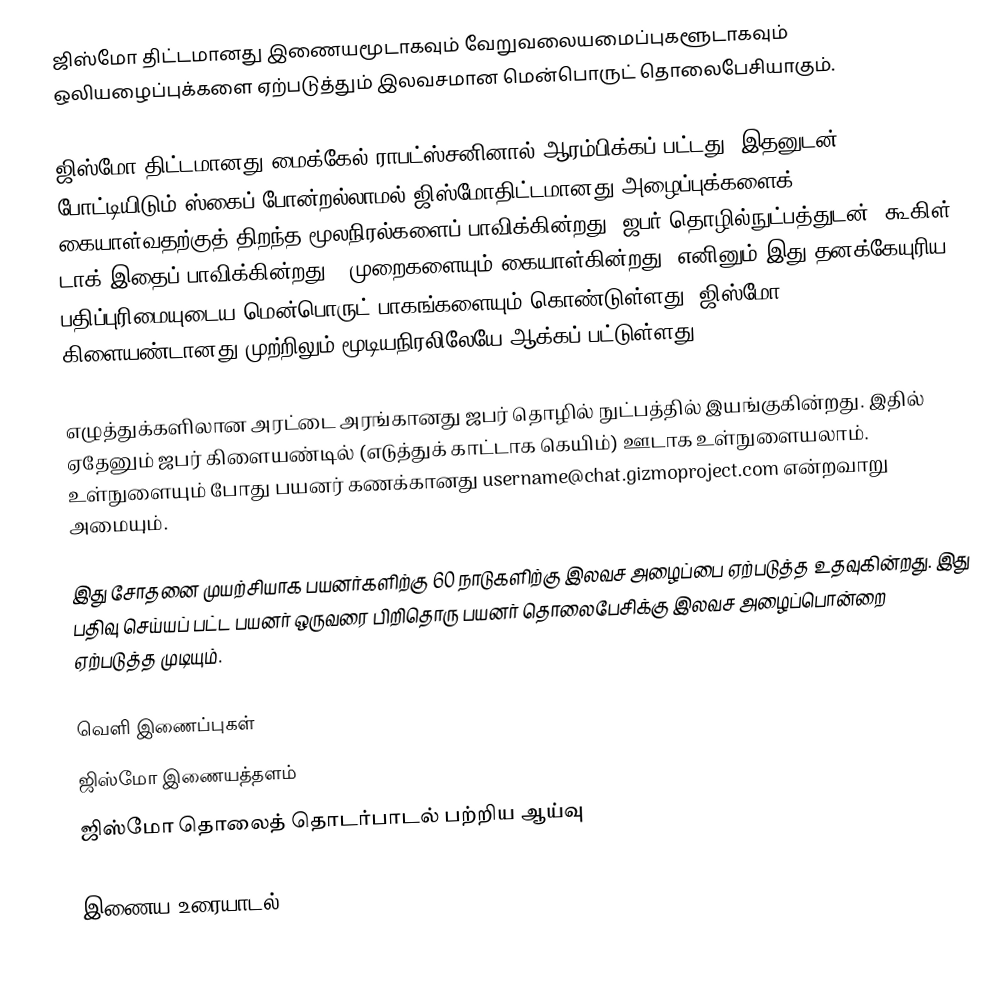
ஜிஸ்மோ திட்டமானது இணையமூடாகவும் வேறுவலையமைப்புகளூடாகவும் ஒலியழைப்புக்களை ஏற்படுத்தும் இலவசமான மென்பொருட் தொலைபேசியாகும்.

ஜிஸ்மோ திட்டமானது மைக்கேல் ராபட்ஸ்சனினால் ஆரம்பிக்கப் பட்டது. இதனுடன் போட்டியிடும் ஸ்கைப் போன்றல்லாமல் ஜிஸ்மோதிட்டமானது அழைப்புக்களைக் கையாள்வதற்குத் திறந்த மூலநிரல்களைப் பாவிக்கின்றது. ஜபர் தொழில்நுட்பத்துடன் (கூகிள் டாக் இதைப் பாவிக்கின்றது). முறைகளையும் கையாள்கின்றது. எனினும் இது தனக்கேயுரிய பதிப்புரிமையுடைய மென்பொருட் பாகங்களையும் கொண்டுள்ளது. ஜிஸ்மோ கிளையண்டானது முற்றிலும் மூடியநிரலிலேயே ஆக்கப் பட்டுள்ளது.

எழுத்துக்களிலான அரட்டை அரங்கானது ஜபர் தொழில் நுட்பத்தில் இயங்குகின்றது. இதில் ஏதேனும் ஜபர் கிளையண்டில் (எடுத்துக் காட்டாக கெயிம்) ஊடாக உள்நுளையலாம். உள்நுளையும் போது பயனர் கணக்கானது username@chat.gizmoproject.com என்றவாறு அமையும்.

இது சோதனை முயற்சியாக பயனர்களிற்கு 60 நாடுகளிற்கு இலவச அழைப்பை ஏற்படுத்த உதவுகின்றது. இது பதிவு செய்யப் பட்ட பயனர் ஒருவரை பிறிதொரு பயனர் தொலைபேசிக்கு இலவச அழைப்பொன்றை ஏற்படுத்த முடியும்.

வெளி இணைப்புகள்
 ஜிஸ்மோ இணையத்தளம்
 ஜிஸ்மோ தொலைத் தொடர்பாடல் பற்றிய ஆய்வு

இணைய உரையாடல்